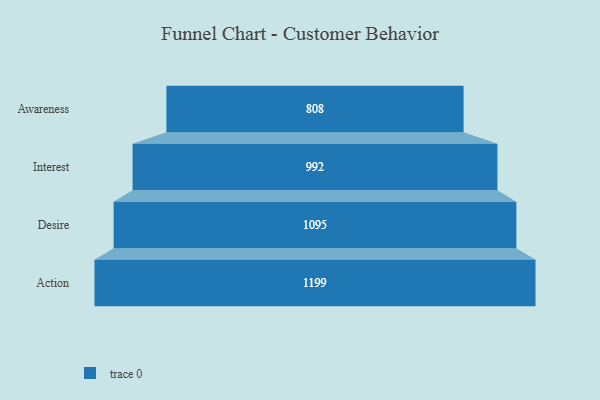
{"axis": {"x": "Stage", "y": "Value"}, "legend": [""], "data": [{"x": "Awareness", "y": 808.0, "type": ""}, {"x": "Interest", "y": 992.0, "type": ""}, {"x": "Desire", "y": 1095.0, "type": ""}, {"x": "Action", "y": 1199.0, "type": ""}]}